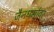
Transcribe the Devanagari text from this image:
जैनधर्मावर